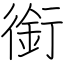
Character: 銜